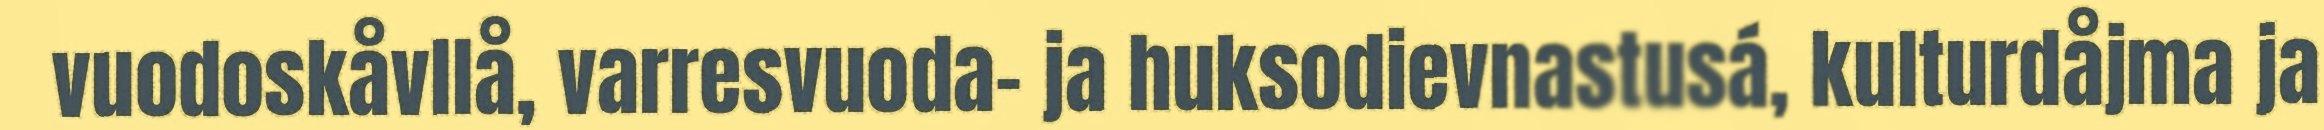
vuodoskåvllå, varresvuoda- ja huksodievnastusá, kulturdåjma ja